Notes on vaccination in the North-West Frontier Province 1923-1928 - 1923-1928
Year: 1923
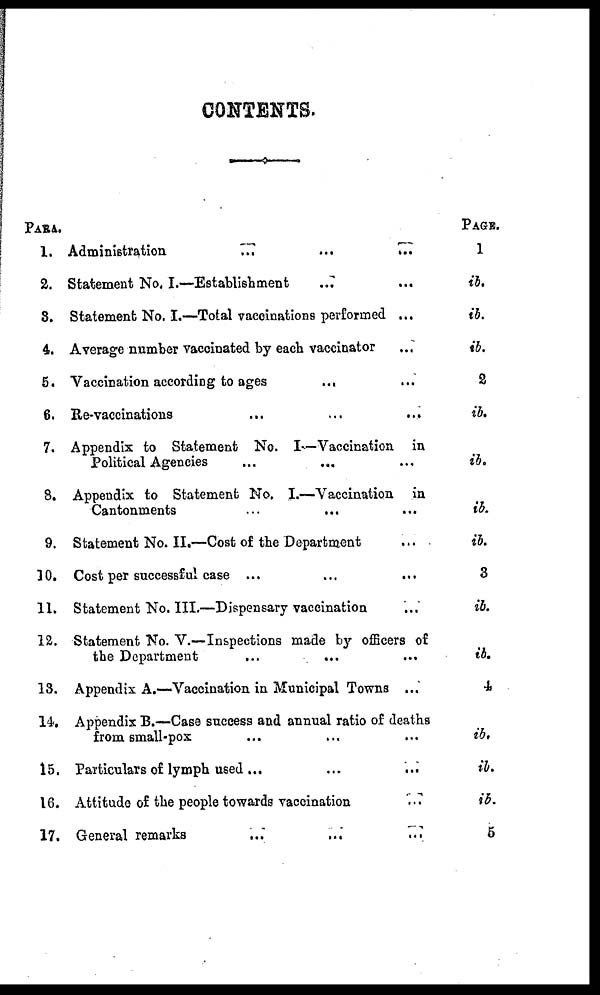
CONTENTS.
PARA.
1.
2.
3.
4.
5.
6.
7.
8.
9.
10.
11.
12.
13.
14.
15.
16.
17.
Administration
...
...
...
...
...
Statement No. I.—Establishment ... ...
Statement No. I.—Total vaccinations performed ...
Average number vaccinated by each vaccinator ...
Vaccination according to ages ... ...
Re-vaccinations ... ... ...
Appendix to Statement No. I—Vaccination in
Political Agencies ... ... ...
Appendix to Statement No. I.—Vaccination in
Cantonments ... ... ...
Statement No. II.—Cost of the Department ...
Cost per successful case ... ... ...
Statement No. III.—Dispensary vaccination ...
Statement No. V.—Inspections made by officers of
the Department ... ... ...
Appendix A.—Vaccination in Municipal Towns ...
Appendix B.—Case success and annual ratio of deaths
from small-pox ... ...
Particulars of lymph used
...
...
...
Attitude of the people towards vaccination ...
General remarks ... ... ...
PAGE.
1
ib.
ib.
ib.
2
ib.
ib.
ib.
ib.
3
ib.
ib.
4.
ib.
ib.
ib.
5